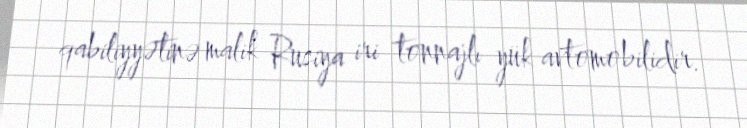
qabiliyyətinə malik Rusiya iri tonnajlı yük avtomobilidir.